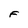
Character: F